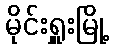
မိုင်းရှူးမြို့